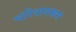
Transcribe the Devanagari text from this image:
चरित्रावरून